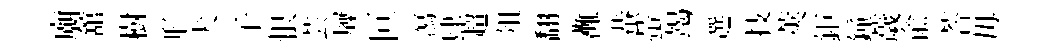
廟舘樹形犬子恨芸屧叵㵼肆超俎翻灘蛬螢竭選技莢鉅鐘薉兪荅毋